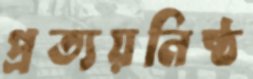
প্রত্যয়নিষ্ঠ